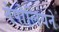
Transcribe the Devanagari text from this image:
नेपोलियने